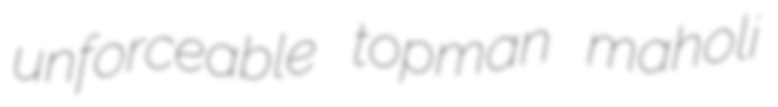
unforceable topman maholi